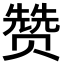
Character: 赞